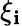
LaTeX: \xi_{\mathbf{i}}